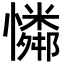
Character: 𪬾